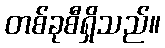
တစ်ခုစီရှိသည်။